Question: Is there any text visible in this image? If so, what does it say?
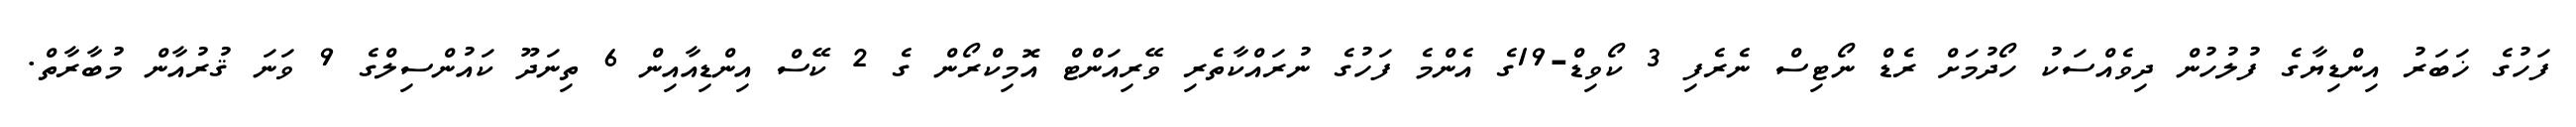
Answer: ފަހުގެ ޚަބަރު އިންޑިޔާގެ ފުލުހުން ދިވެއްސަކު ހޯދުމަށް ރެޑް ނޯޓިސް ނެރެފި 3 ކޯވިޑް-19ގެ އެންމެ ފަހުގެ ނުރައްކާތެރި ވޭރިއަންޓް އޮމިކްރޯން ގެ 2 ކޭސް އިންޑިއާއިން 6 ތިނަދޫ ކައުންސިލްގެ 9 ވަނަ ޤުރުއާން މުބާރާތް.